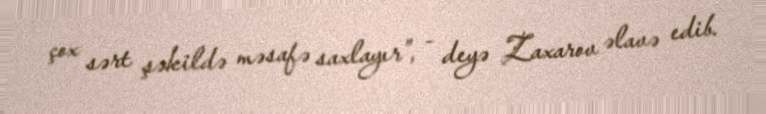
çox sərt şəkildə məsafə saxlayır”, - deyə Zaxarov əlavə edib.